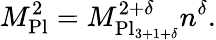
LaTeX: M_{\mathrm{Pl}}^{2}=M_{\mathrm{Pl}_{3+1+\delta}}^{2+\delta}n^{\delta}.